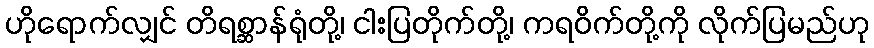
ဟိုရောက်လျှင် တိရစ္ဆာန်ရုံတို့၊ ငါးပြတိုက်တို့၊ ကရဝိက်တို့ကို လိုက်ပြမည်ဟု